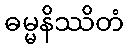
ဓမ္မနိဿိတံ